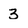
Character: 3